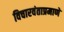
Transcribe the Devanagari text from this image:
विचारवंताप्रमाणे